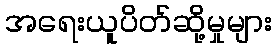
အရေးယူပိတ်ဆို့မှုများ